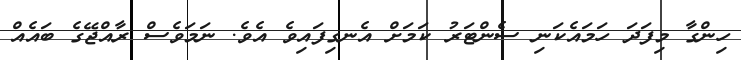
ހިންގާ މިފަދަ ހަމައެކަނި ސެންޓަރު ކަމަށް އެނގިފައިވެ އެވެ. ނަމަވެސް ރާއްޖޭގެ ބައެއް